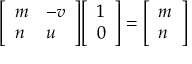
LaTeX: { \left[ \begin{array} { l l } { m } & { - v } \\ { n } & { u } \end{array} \right] } { \left[ \begin{array} { l } { 1 } \\ { 0 } \end{array} \right] } = { \left[ \begin{array} { l } { m } \\ { n } \end{array} \right] }